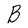
Character: B